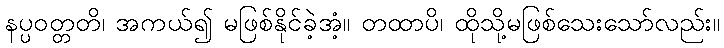
နပ္ပဝတ္တတိ၊ အကယ်၍ မဖြစ်နိုင်ခဲ့အံ့။ တထာပိ၊ ထိုသို့မဖြစ်သေးသော်လည်း။